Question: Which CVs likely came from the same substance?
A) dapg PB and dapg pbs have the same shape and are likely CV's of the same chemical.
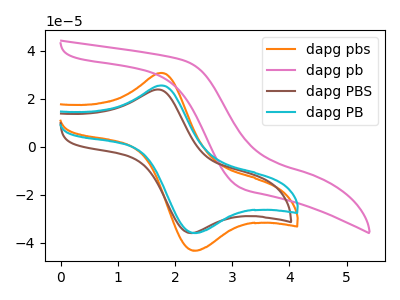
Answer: <think>The orange curve "dapg pbs" has an anodic peak at (1.75V, 30.75uA) and a cathodic peak at (2.40V, -43.20uA). The pink curve "dapg pb" has no peaks. The brown curve "dapg PBS" has an anodic peak at (1.75V, 23.80uA) and a cathodic peak at (2.25V, -35.95uA). The cyan curve "dapg PB" has an anodic peak at (1.75V, 25.50uA) and a cathodic peak at (2.40V, -35.85uA).
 "dapg pbs" and "dapg pb" have a different number of peaks. "dapg pbs" and "dapg PBS" have at least one peak that do not match. All the peaks in "dapg pbs" have a peak in "dapg PB" at the same potential. Every peak in "dapg pbs" is higher than every peak in "dapg PB". "dapg pb" and "dapg PBS" have a different number of peaks. "dapg pb" and "dapg PB" have a different number of peaks. "dapg PBS" and "dapg PB" have at least one peak that do not match.</think>
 <answer>A) "dapg PB" and "dapg pbs" have the same shape and are likely CV's of the same chemical.</answer>
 <eval>A</eval>